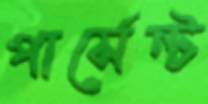
পার্সেন্ট